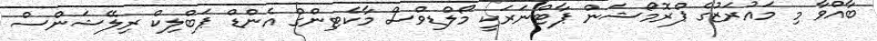
ބާއްވާ މި މައުރަޒުގެ ޕްރޮމޯޝަން ޕާޓްނަރަކީ މޯލްޑިވްސް މާކެޓިންގް އެންޑް ޕަބްލިކް ރިލޭޝަންސް